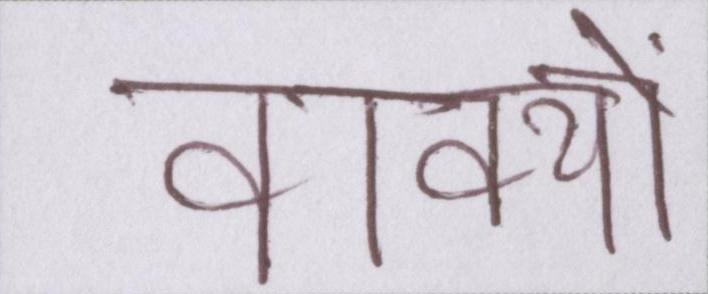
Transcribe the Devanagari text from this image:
वाक्यों